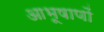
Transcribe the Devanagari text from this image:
आभूषाणों